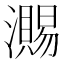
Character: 瀃